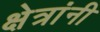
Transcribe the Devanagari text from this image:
क्षेत्रांनी